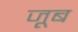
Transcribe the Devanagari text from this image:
जूब